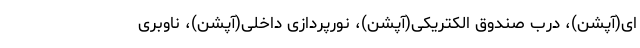
ای(آپشن)، درب صندوق الکتریکی(آپشن)، نورپردازی داخلی(آپشن)، ناوبری